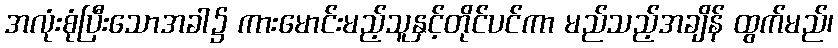
အလုံးစုံပြီးသောအခါ၌ ကားမောင်းမည့်သူနှင့်တိုင်ပင်ကာ မည်သည့်အချိန် ထွက်မည်၊